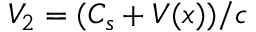
V _ { 2 } = ( C _ { s } + V ( x ) ) / c